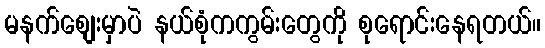
မနက်စျေးမှာပဲ နယ်စုံကကွမ်းတွေကို စုရောင်းနေရတယ်။